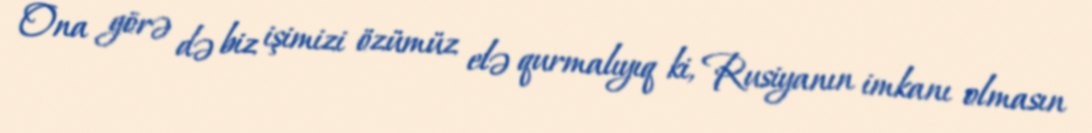
Ona görə də biz işimizi özümüz elə qurmalıyıq ki, Rusiyanın imkanı olmasın